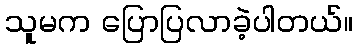
သူမက ပြောပြလာခဲ့ပါတယ်။